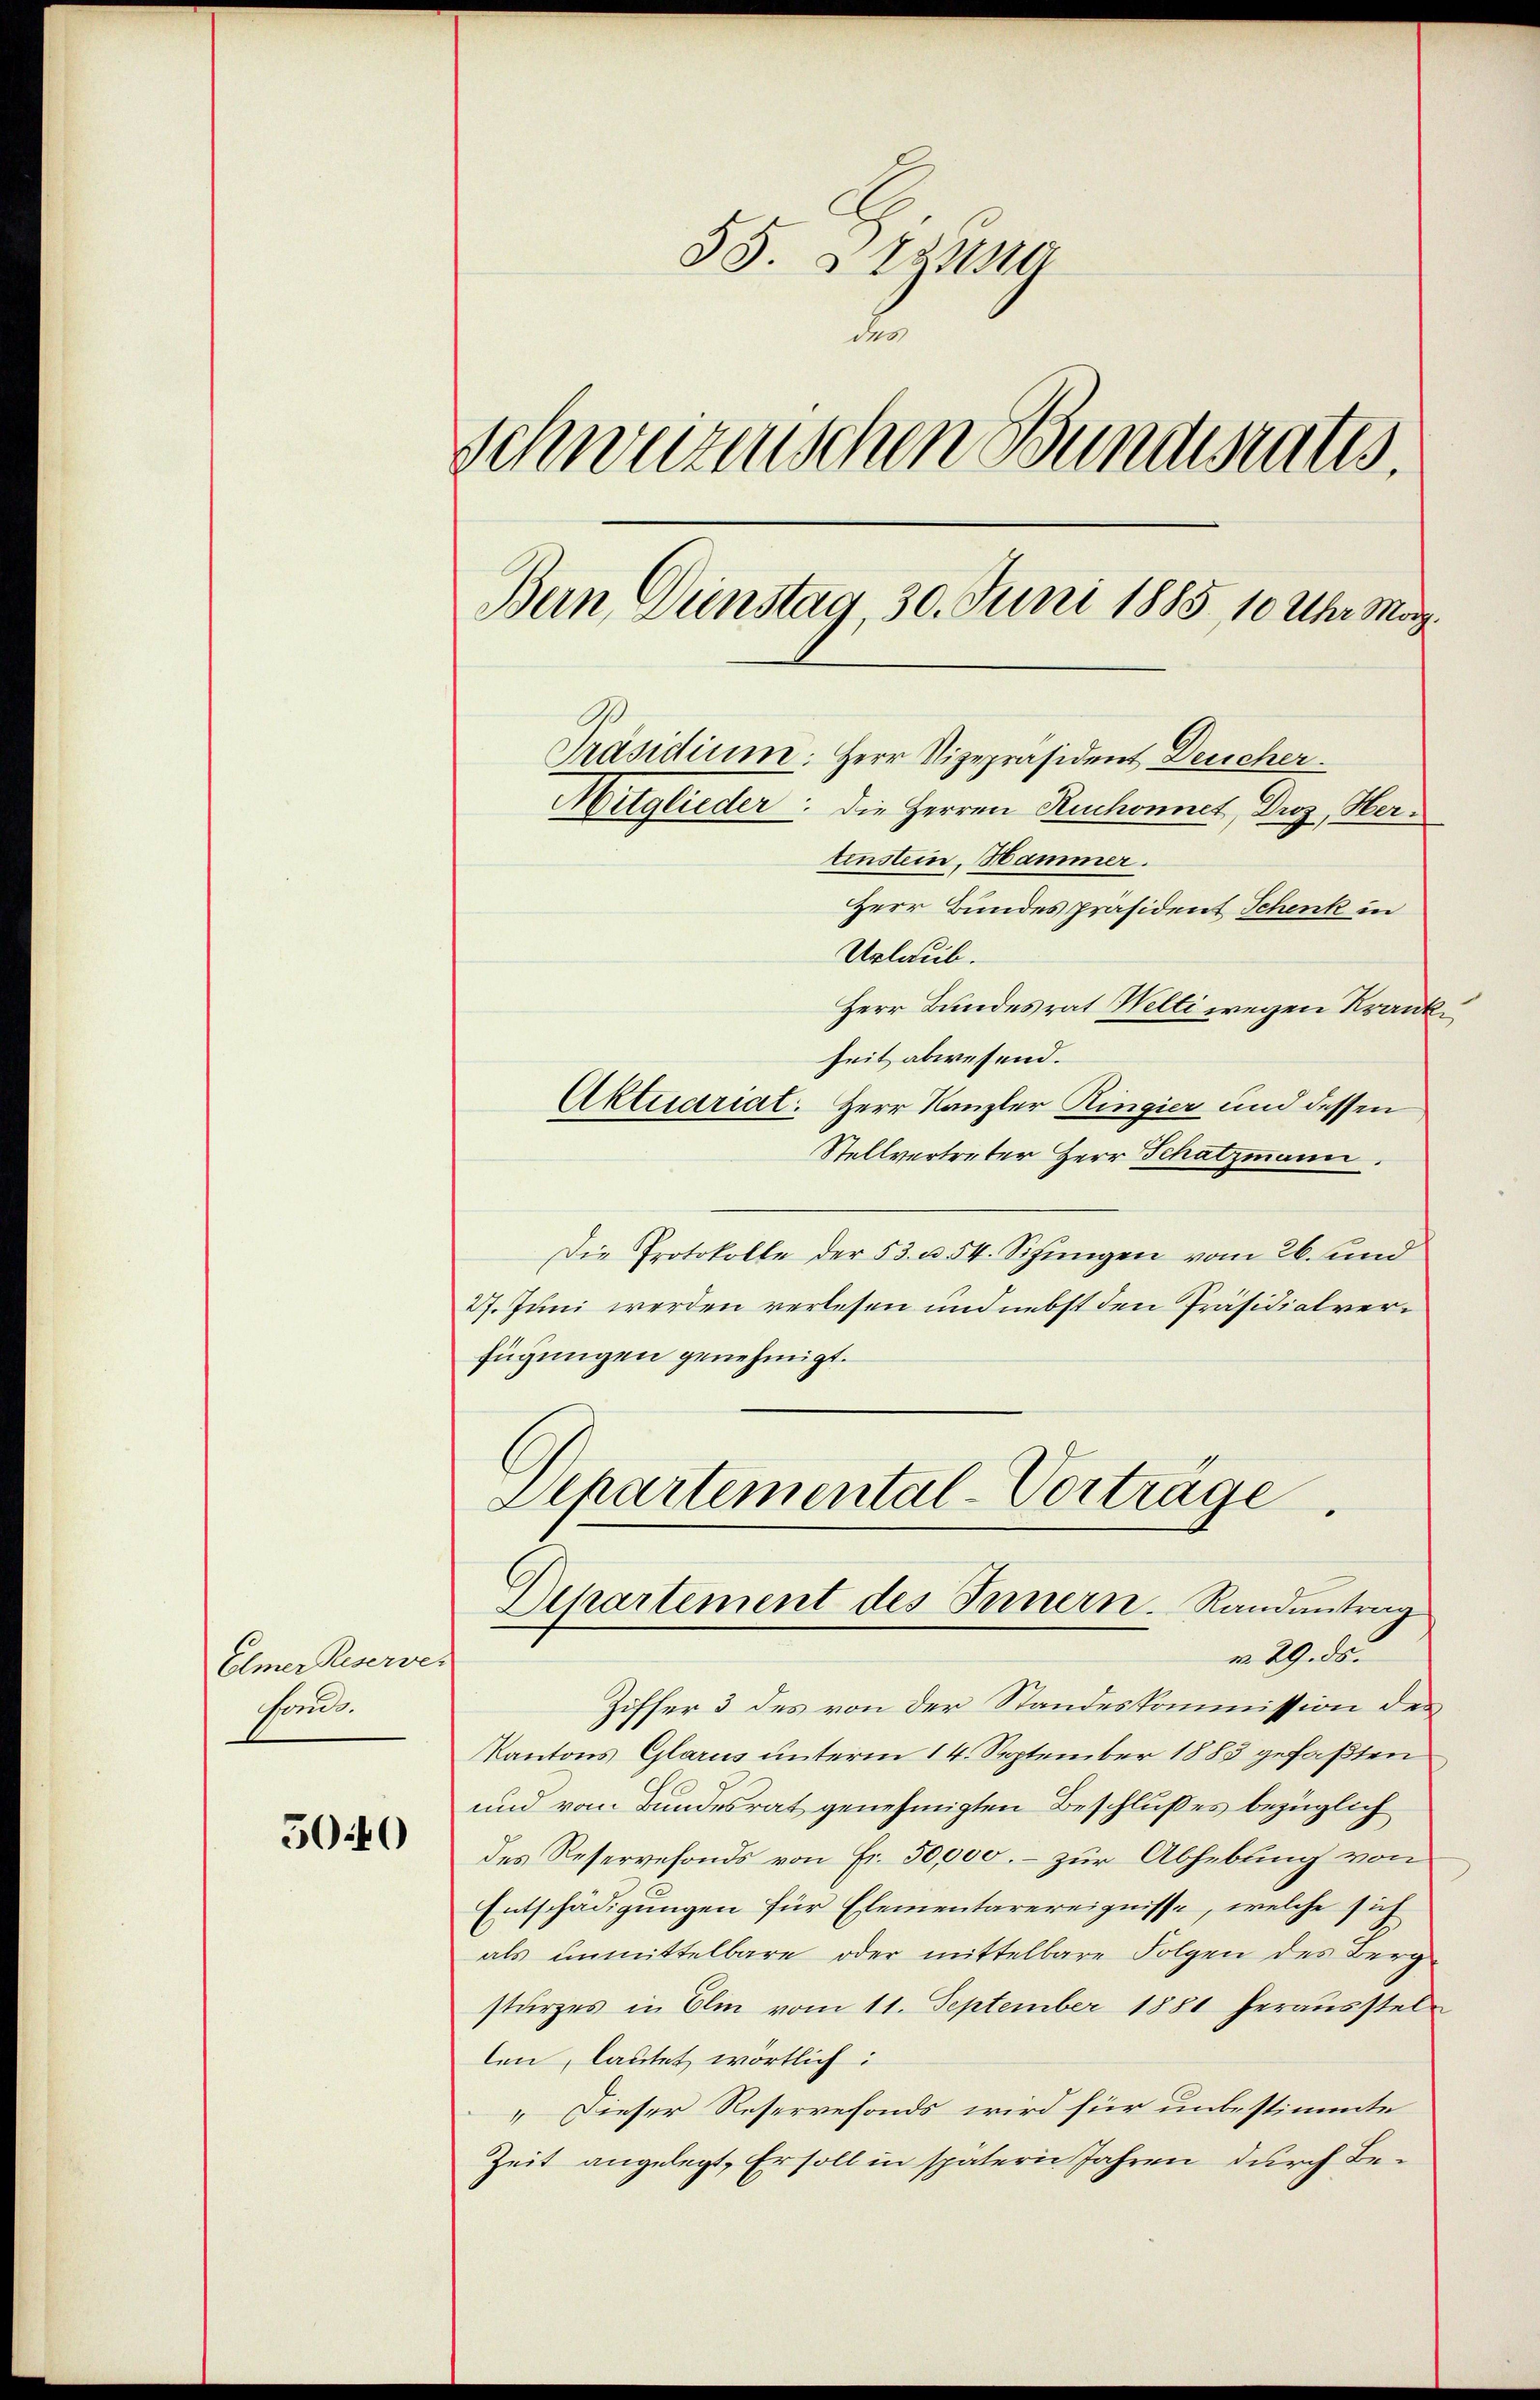
Elmer Reserven
sant.

5040

55. Sizung
de
Schweizerischen Bundesrates.
Bern, Dunstag, 30. Juni 1885, 10 Uhr Mag.
Präsidium: Herr Vizepräsident Deucher.
Mitglieder: die Herren Ruchonnet, Droz, Hertinstein, Hammer.
Herr Bundes präsident Schenk in
Urlaub.
Herr Bundesrat Welti wegen Krankheit abwesend.
Aktuariat. Herr Kanzler Ringier und dessen

Stellvertreter Herr Schatzmann.
Die Protokolle der 53 u. 54. Schingen vom 26. und
27. Juni werden verlesen und nebst den Präsidialverfügungen genehmigt.
Departemental-Vortrage
Departement des Innern. Randantrag
m. 29. ds.
Ziffer 3 des von der Standeskommission des
Kantons Glarus unterm 14. September 1883 gefaßten
und vom Bundesrat genehmigten Beschlußes bezüglich
des Reservefonds von Fr. 50,000. – zur Abhebung von
Entschädigungen für Elementarereignisse, welche sich
als unmittelbare oder mittelbare Folgen des Berg-
sturzes in Elin vom 11. September 1881 herausstellen, lautet wörtlich:
„Dieser Reservefonds wird für unbestimmte
Zeit angelegt, Er soll in spätern Jahren durch Be¬